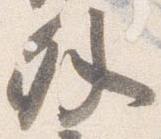
外